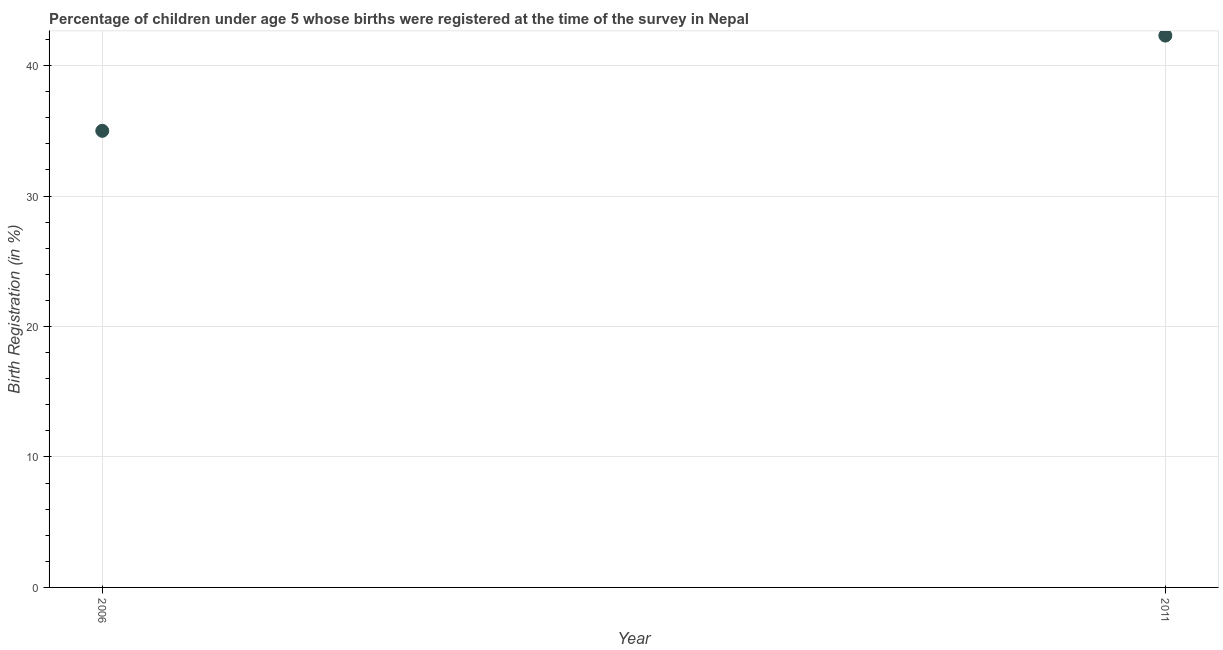
| Year | Birth registration |
 | --- | --- |
 | 2006 | 35 |
 | 2011 | 42.3 |